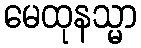
မေထုနသ္မာ